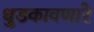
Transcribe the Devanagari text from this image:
धुडकावणारे